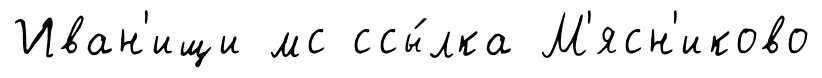
Иван'ищи мс ссы́лка М'ясн'иково